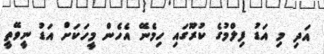
އަދި މި އަޑު ފިލްމުގެ ކުރޫގައި ހިމެނޭ އެހެން މީހަކަށް އަޑު ނީވޭތީ